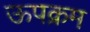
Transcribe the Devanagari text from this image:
ऊपक्रम